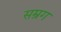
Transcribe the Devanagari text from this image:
सम्रग